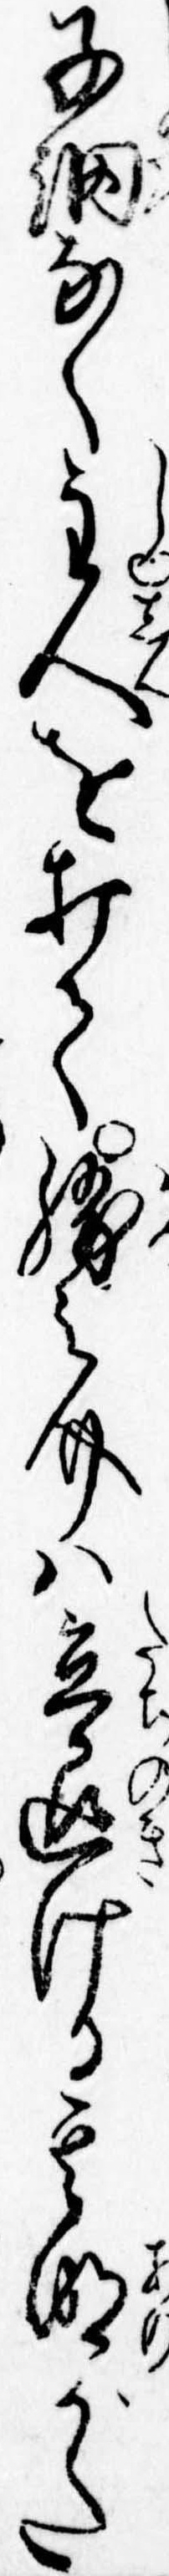
子細なく主人を打て勝之介は立退ける其明がた